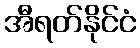
အီရတ်နိုင်ငံ